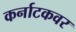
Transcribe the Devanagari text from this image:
कर्नाटकवर